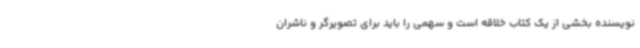
نویسنده بخشی از یک کتاب خلاقه است و سهمی را باید برای تصویرگر و ناشران